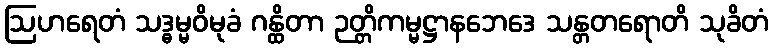
ဩဟရေတံ သဒ္ဓမ္မဝိမုခံ ဂန္ထိတာ ဉတ္တိကမ္မဋ္ဌာနဘေဒေ သန္တတရောတိ သုခိတံ